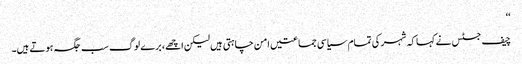
‘‘
چیف جسٹس نے کہا کہ شہر کی تمام سیاسی جماعتیں امن چاہتی ہیں لیکن اچھے، برے لوگ سب جگہ ہوتے ہیں۔